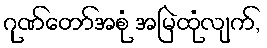
ဂုဏ်တော်အစုံ အမြဲထုံလျက်,